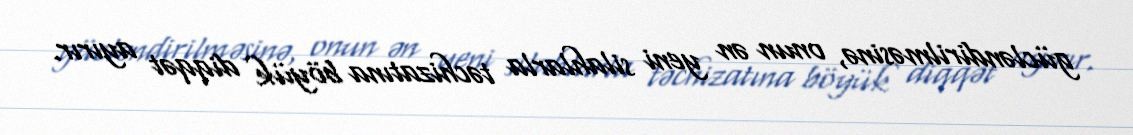
gücləndirilməsinə, onun ən yeni silahlarla təchizatına böyük diqqət ayırır.